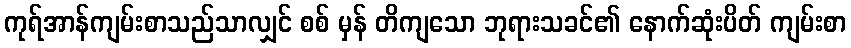
ကုရ်အာန်ကျမ်းစာသည်သာလျှင် စစ် မှန် တိကျသော ဘုရားသခင်၏ နောက်ဆုံးပိတ် ကျမ်းစာ